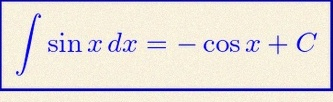
\int \sin x\,dx=-\cos x+C